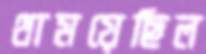
থাময়েছিল